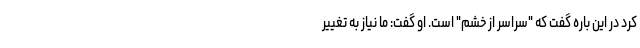
کرد در این باره گفت که "سراسر از خشم" است. او گفت: ما نیاز به تغییر